65_HS1-834228961_62-HQ-83894_Serial_130
Agency: FBI
Page 98
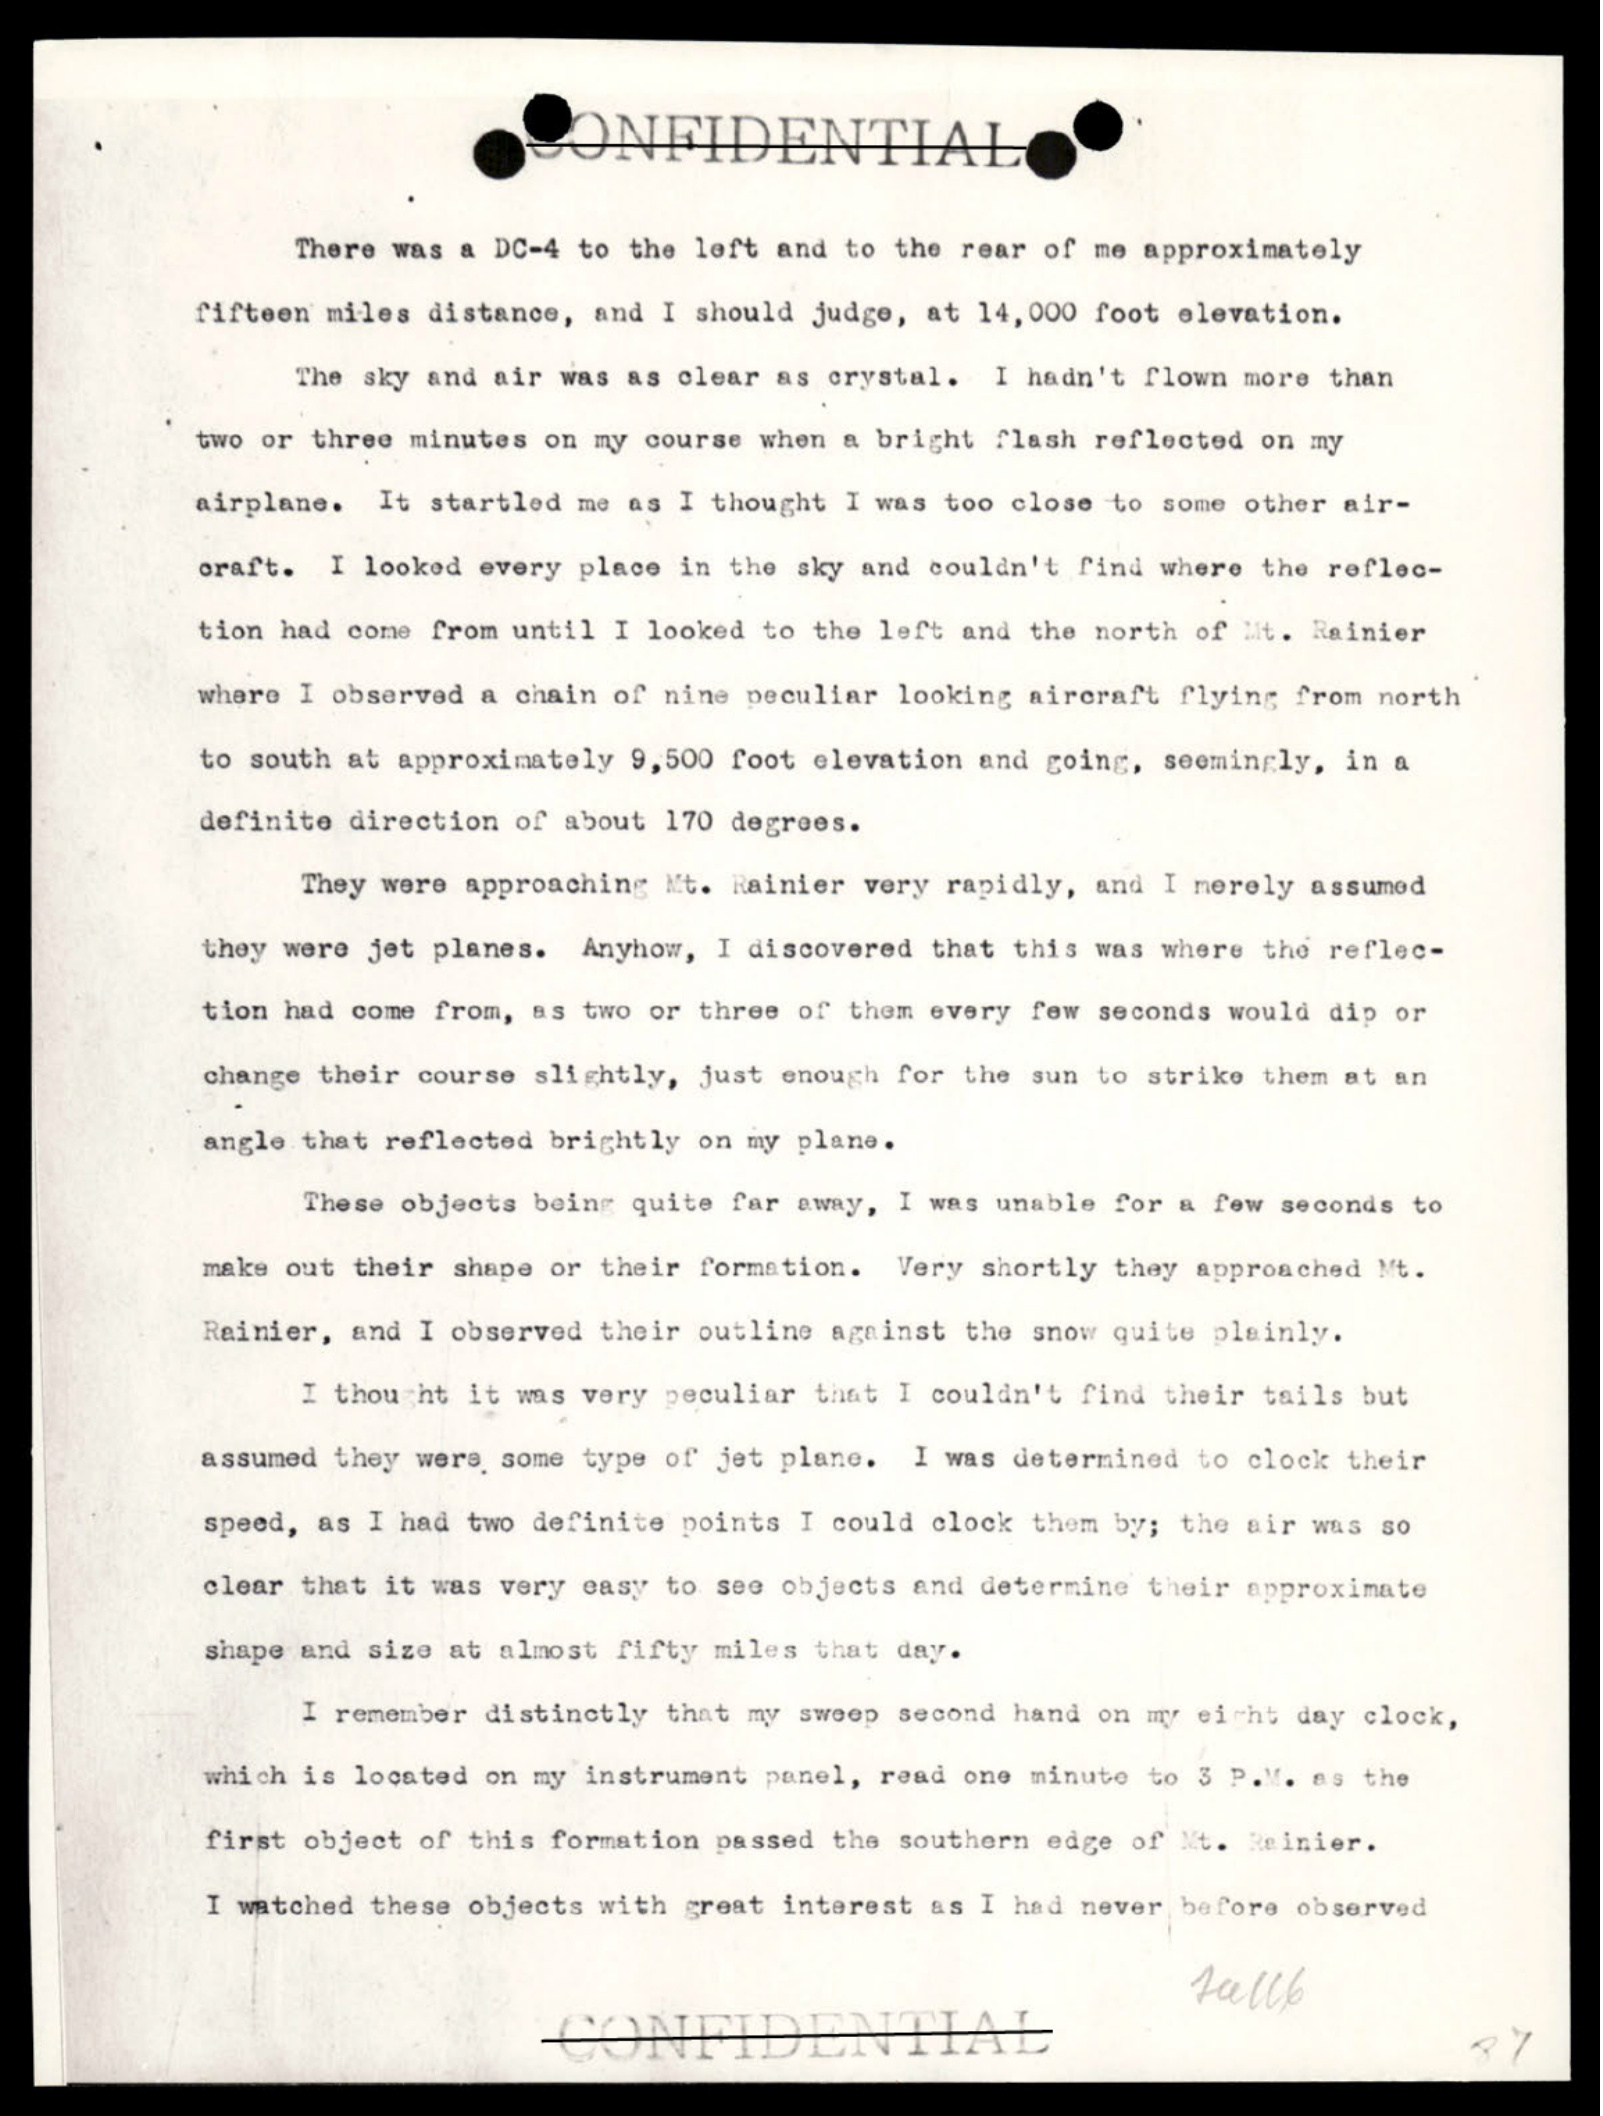